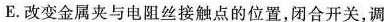
E。改变金属夹与电阻丝接触点的位置，闭合开关，调